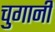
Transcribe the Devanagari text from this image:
चुगानी